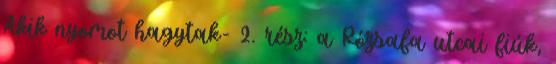
Akik nyomot hagytak- 2. rész: a Rózsafa utcai fiúk,